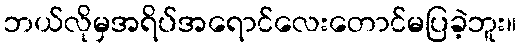
ဘယ်လိုမှအရိပ်အရောင်လေးတောင်မပြခဲ့ဘူး။